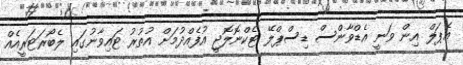
އެޕަލް އިން ވަނީ އެޑްވާންސް ޑިސްޕްލޭ ޓެކްނޮލޮޖީ އުފެއްދުމަށް އުތުރު ޓައިވާނުގައި ލެބޯރަޓަރީއެއް